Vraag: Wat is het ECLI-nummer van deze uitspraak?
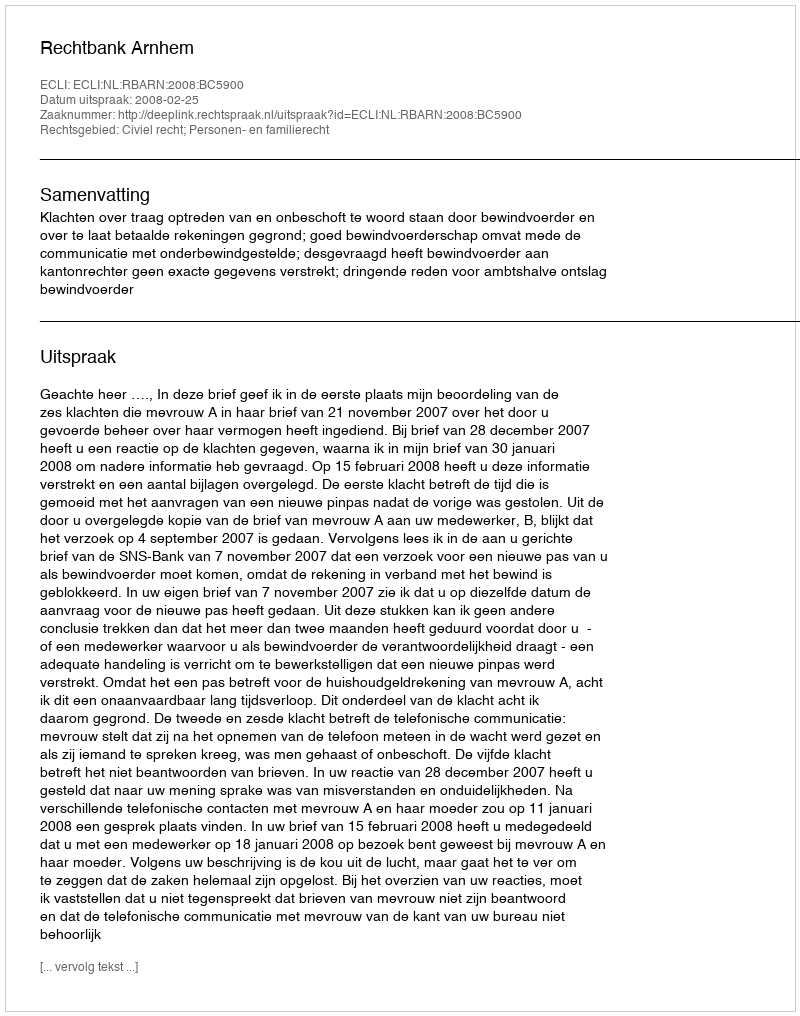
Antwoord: ECLI:NL:RBARN:2008:BC5900